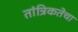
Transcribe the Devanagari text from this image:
तांत्रिकतेचा